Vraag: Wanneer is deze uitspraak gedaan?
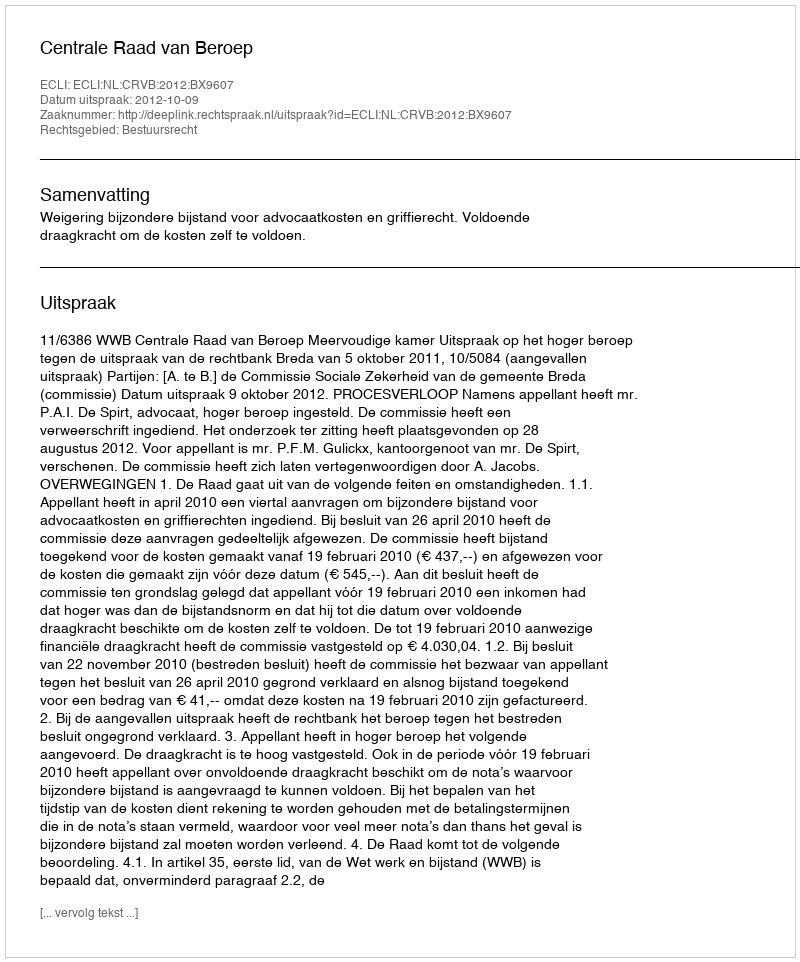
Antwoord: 2012-10-09